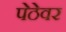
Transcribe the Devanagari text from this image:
पेठेवर